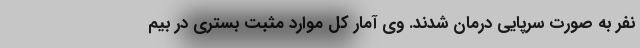
نفر به صورت سرپایی درمان شدند. وی آمار کل موارد مثبت بستری در بیم